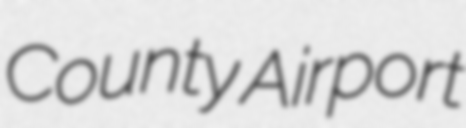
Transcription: County Airport